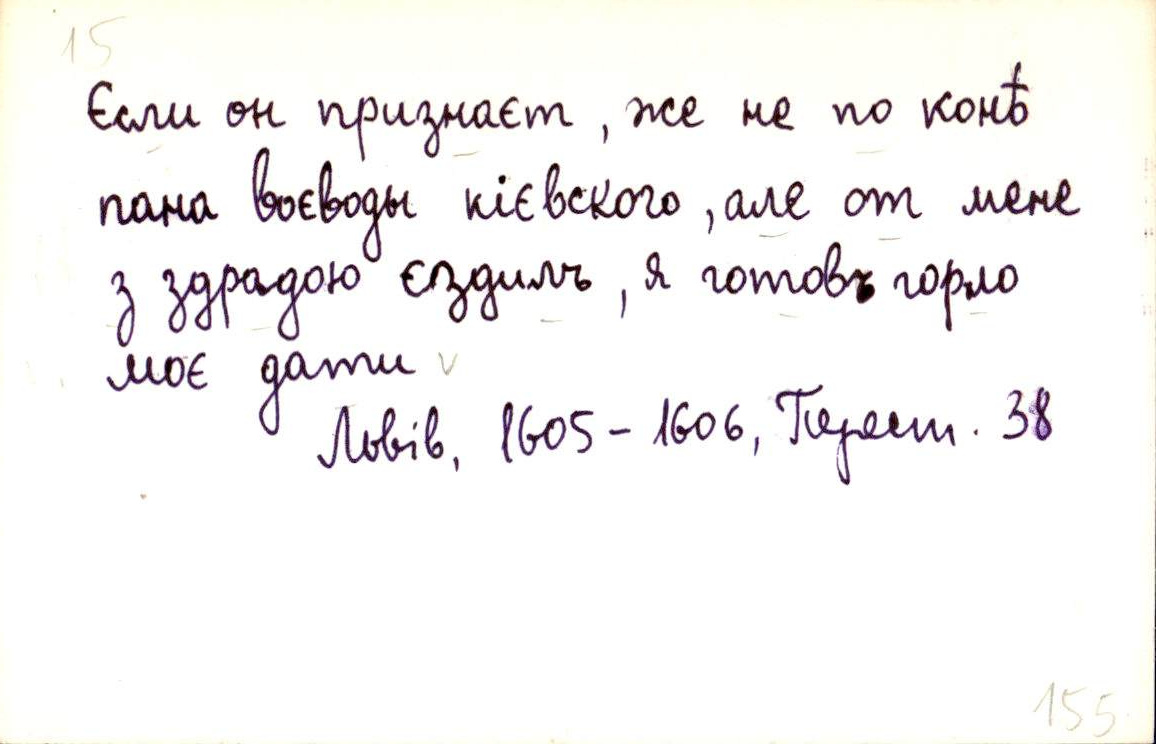
Єсли он признаєт, же не по конѣ
пана воєводы кієвского, але от мене
з здрадою єздилъ, я готовъ горло
моє дати
Львів, 1605-1606, Перест. 38